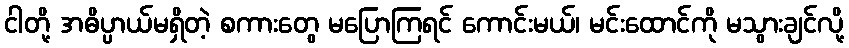
ငါတို့ အဓိပ္ပာယ်မရှိတဲ့ စကားတွေ မပြောကြရင် ကောင်းမယ်၊ မင်းထောင်ကို မသွားချင်လို့